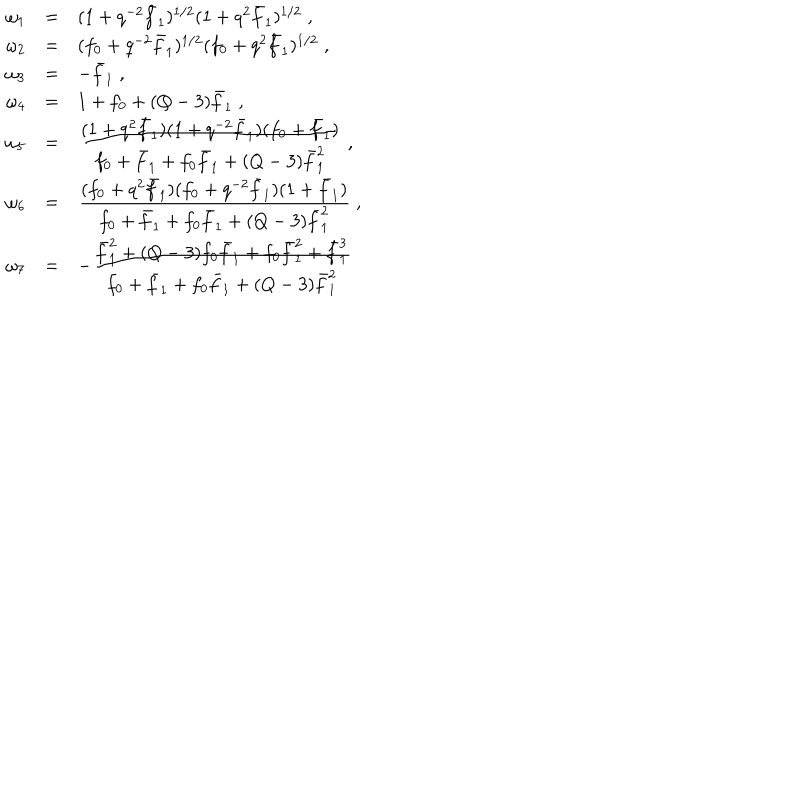
\begin{array} { l l l } { { \omega _ { 1 } } } & { { = } } & { { ( 1 + q ^ { - 2 } \bar { f } _ { 1 } ) ^ { 1 / 2 } ( 1 + q ^ { 2 } \bar { f } _ { 1 } ) ^ { 1 / 2 } \; , } } \\ { { \omega _ { 2 } } } & { { = } } & { { ( f _ { 0 } + q ^ { - 2 } \bar { f } _ { 1 } ) ^ { 1 / 2 } ( f _ { 0 } + q ^ { 2 } \bar { f } _ { 1 } ) ^ { 1 / 2 } \; , } } \\ { { \omega _ { 3 } } } & { { = } } & { { - \bar { f } _ { 1 } \; , } } \\ { { \omega _ { 4 } } } & { { = } } & { { 1 + f _ { 0 } + ( Q - 3 ) \bar { f } _ { 1 } \; , } } \\ { { \omega _ { 5 } } } & { { = } } & { { \frac { \textstyle ( 1 + q ^ { 2 } \bar { f } _ { 1 } ) ( 1 + q ^ { - 2 } \bar { f } _ { 1 } ) ( f _ { 0 } + \bar { f } _ { 1 } ) } { \textstyle f _ { 0 } + \bar { f } _ { 1 } + f _ { 0 } \bar { f } _ { 1 } + ( Q - 3 ) \bar { f } _ { 1 } ^ { 2 } } \; , } } \\ { { \omega _ { 6 } } } & { { = } } & { { \frac { \textstyle ( f _ { 0 } + q ^ { 2 } \bar { f } _ { 1 } ) ( f _ { 0 } + q ^ { - 2 } \bar { f } _ { 1 } ) ( 1 + \bar { f } _ { 1 } ) } { \textstyle f _ { 0 } + \bar { f } _ { 1 } + f _ { 0 } \bar { f } _ { 1 } + ( Q - 3 ) \bar { f } _ { 1 } ^ { 2 } } \; , } } \\ { { \omega _ { 7 } } } & { { = } } & { { - \frac { \textstyle \bar { f } _ { 1 } ^ { 2 } + ( Q - 3 ) f _ { 0 } \bar { f } _ { 1 } + f _ { 0 } \bar { f } _ { 1 } ^ { 2 } + \bar { f } _ { 1 } ^ { 3 } } { \textstyle f _ { 0 } + \bar { f } _ { 1 } + f _ { 0 } \bar { f } _ { 1 } + ( Q - 3 ) \bar { f } _ { 1 } ^ { 2 } } } } \\ \end{array}